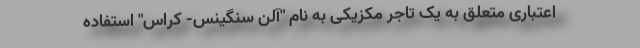
اعتباری متعلق به یک تاجر مکزیکی به نام "آلن سنگینس- کراس" استفاده